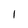
Character: 1